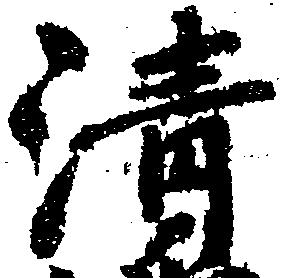
清